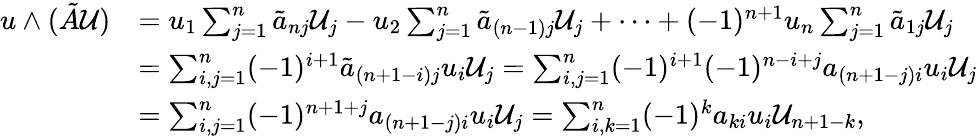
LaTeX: \begin{array}{rl}{u\wedge(\tilde{A}\mathcal{U})}&{=u_{1}\sum_{j=1}^{n}\tilde{a}_{nj}\mathcal{U}_{j}-u_{2}\sum_{j=1}^{n}\tilde{a}_{(n-1)j}\mathcal{U}_{j}+\dots+(-1)^{n+1}u_{n}\sum_{j=1}^{n}\tilde{a}_{1j}\mathcal{U}_{j}}\\ &{=\sum_{i,j=1}^{n}(-1)^{i+1}\tilde{a}_{(n+1-i)j}u_{i}\mathcal{U}_{j}=\sum_{i,j=1}^{n}(-1)^{i+1}(-1)^{n-i+j}a_{(n+1-j)i}u_{i}\mathcal{U}_{j}}\\ &{=\sum_{i,j=1}^{n}(-1)^{n+1+j}a_{(n+1-j)i}u_{i}\mathcal{U}_{j}=\sum_{i,k=1}^{n}(-1)^{k}a_{ki}u_{i}\mathcal{U}_{n+1-k},}\end{array}